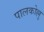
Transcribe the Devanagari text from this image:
पालकोल्लु